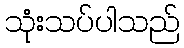
သုံးသပ်ပါသည်